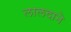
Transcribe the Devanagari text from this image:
लालदाने